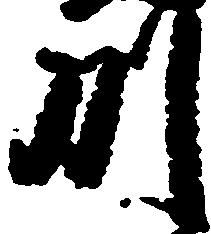
州